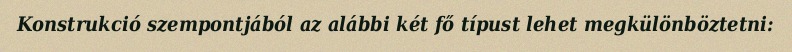
Konstrukció szempontjából az alábbi két fő típust lehet megkülönböztetni: